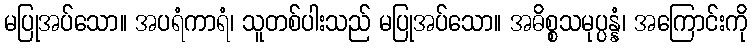
မပြုအပ်သော။ အပရံကာရံ၊ သူတစ်ပါးသည် မပြုအပ်သော။ အဓိစ္စသမုပ္ပန္နံ၊ အကြောင်းကို